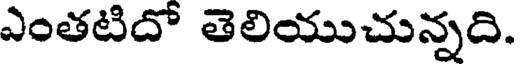
ఎంతటిదో తెలియుచున్నది.